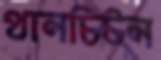
থানচিটন